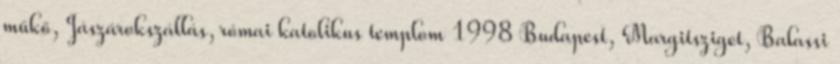
műkő, Jászárokszállás, római katolikus templom 1998 Budapest, Margitsziget, Balassi